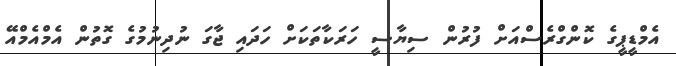
އެމްޑީޕީގެ ކޮންގްރެސްއަށް ފުރުން ސިޔާސީ ހަރަކާތަކަށް ހަދައި ޖާގަ ނުދިނުމުގެ ގޮތުން އެމްއެމްއޭ